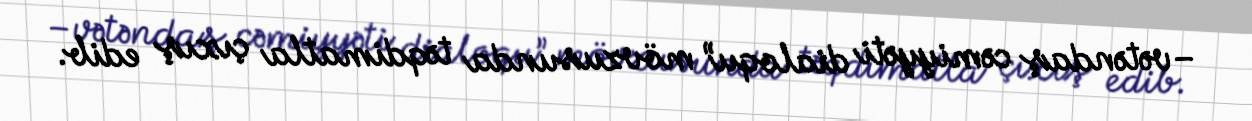
–vətəndaş cəmiyyəti dialoqu” mövzusunda təqdimatla çıxış edib.